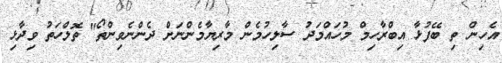
އެހިން ތި ބޭފުޅާ އިބްރާހިމް މުހައްމަދު ސާލިހުމެން މާރިޔާމެންނަށް ދެންނެވިންތޯ" ތޮލްހަތު ވިދާޅި